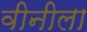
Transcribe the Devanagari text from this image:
वीनीला